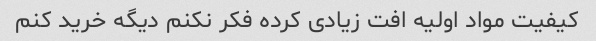
کیفیت مواد اولیه افت زیادی کرده فکر نکنم دیگه خرید کنم